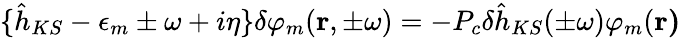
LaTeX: \lbrace\hat{h}_{KS}-\epsilon_{m}\pm\omega+i\eta\rbrace\delta\varphi_{m}(\textbf{r},\pm\omega)=-P_{c}\delta\hat{h}_{KS}(\pm\omega)\varphi_{m}(\textbf{r)}